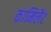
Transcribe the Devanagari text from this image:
कामिलैट